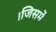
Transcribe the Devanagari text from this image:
।जिसमें